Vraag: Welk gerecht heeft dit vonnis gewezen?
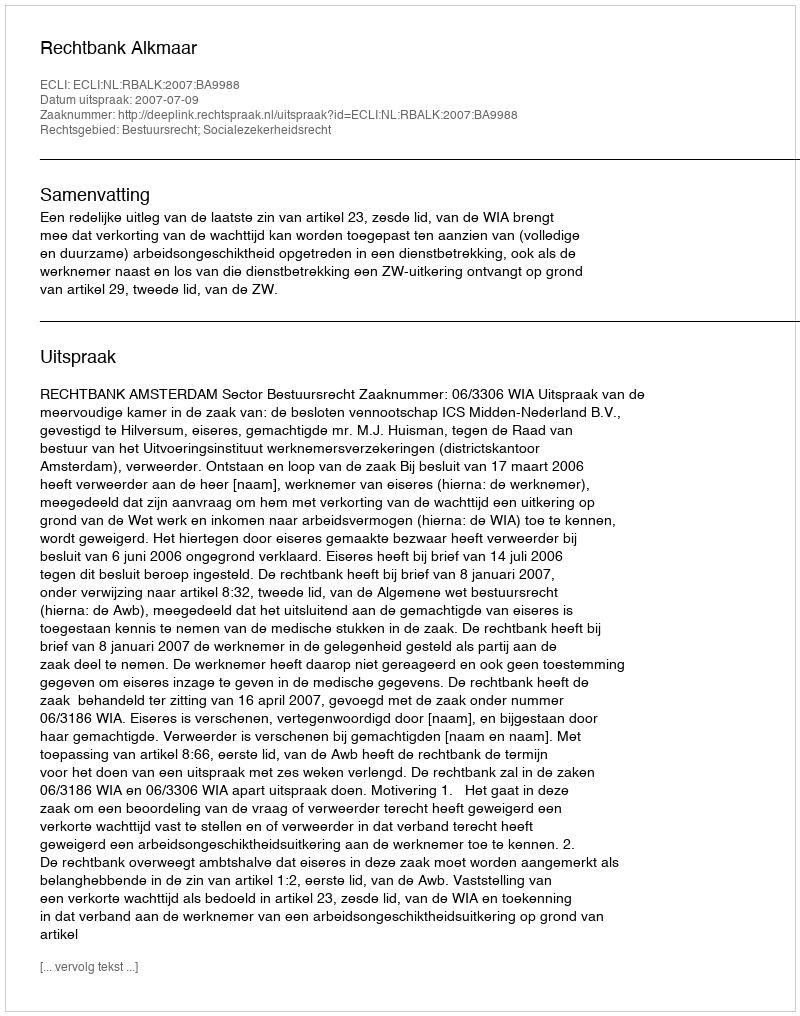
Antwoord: Rechtbank Alkmaar